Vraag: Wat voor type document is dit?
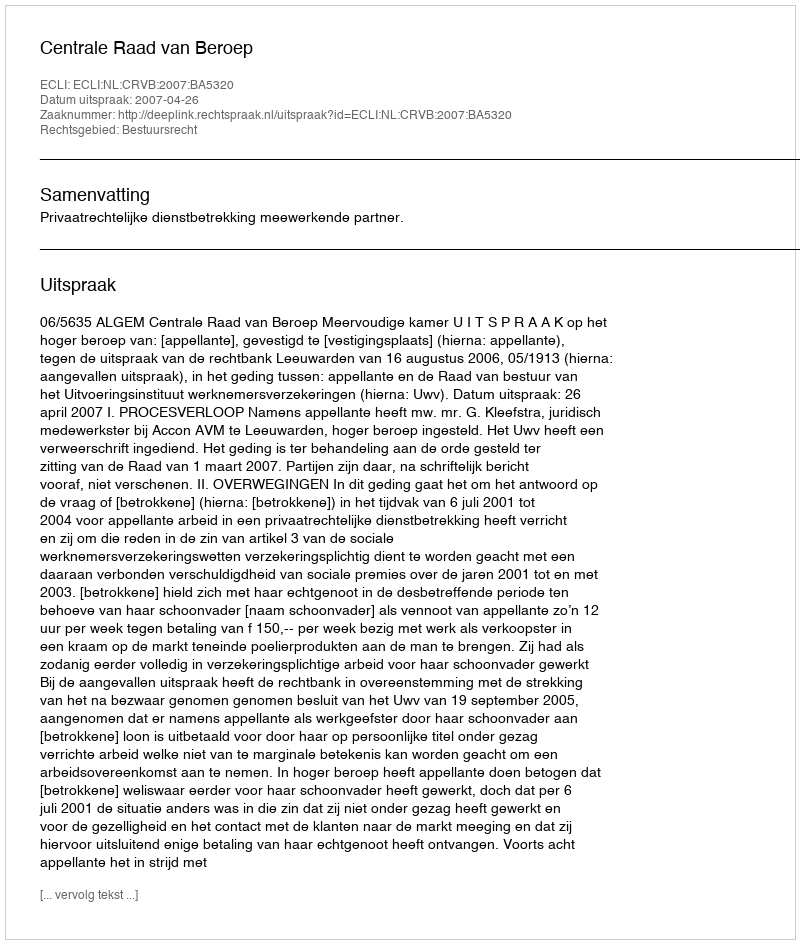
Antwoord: Uitspraak